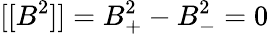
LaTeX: [[B^{2}]]=B_{+}^{2}-B_{-}^{2}=0